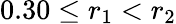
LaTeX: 0.30\leq r_{1}<r_{2}